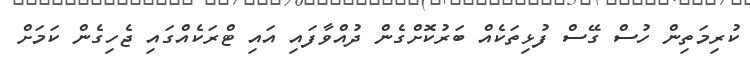
ކުރިމަތިން ހުސް ގޭސް ފުޅިތަކެއް ބަރުކޮށްގެން ދުއްވާފައި އައި ޓްރަކެއްގައި ޖެހިގެން ކަމަށް